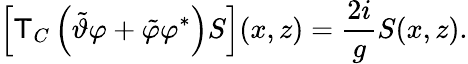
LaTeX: \left\lbrack\mathsf{T}_{C}\left(\tilde{{\vartheta}}\varphi+\tilde{{\varphi}}\varphi^{\ast}\right)S\right\rbrack(x,z)=\frac{{2i}}{{g}}S(x,z).